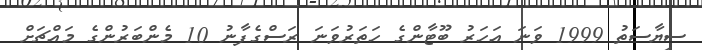
ސިޔާސަތު 1999 ވަނަ އަހަރު ބޫޓާންގެ ހަތަރުވަނަ ރަސްގެފާނު 10 މެންބަރުންގެ މައްޗަށް